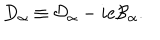
LaTeX: D _ { \alpha } \equiv \mathcal { D } _ { \alpha } - i e \mathcal { B } _ { \alpha } .